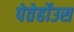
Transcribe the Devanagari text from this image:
पेतेर्होउस